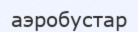
аэробустар